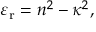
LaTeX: \varepsilon _ { \mathrm { r } } = n ^ { 2 } - \kappa ^ { 2 } ,